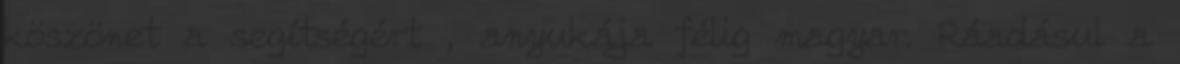
köszönet a segítségért , anyukája félig magyar. Ráadásul a